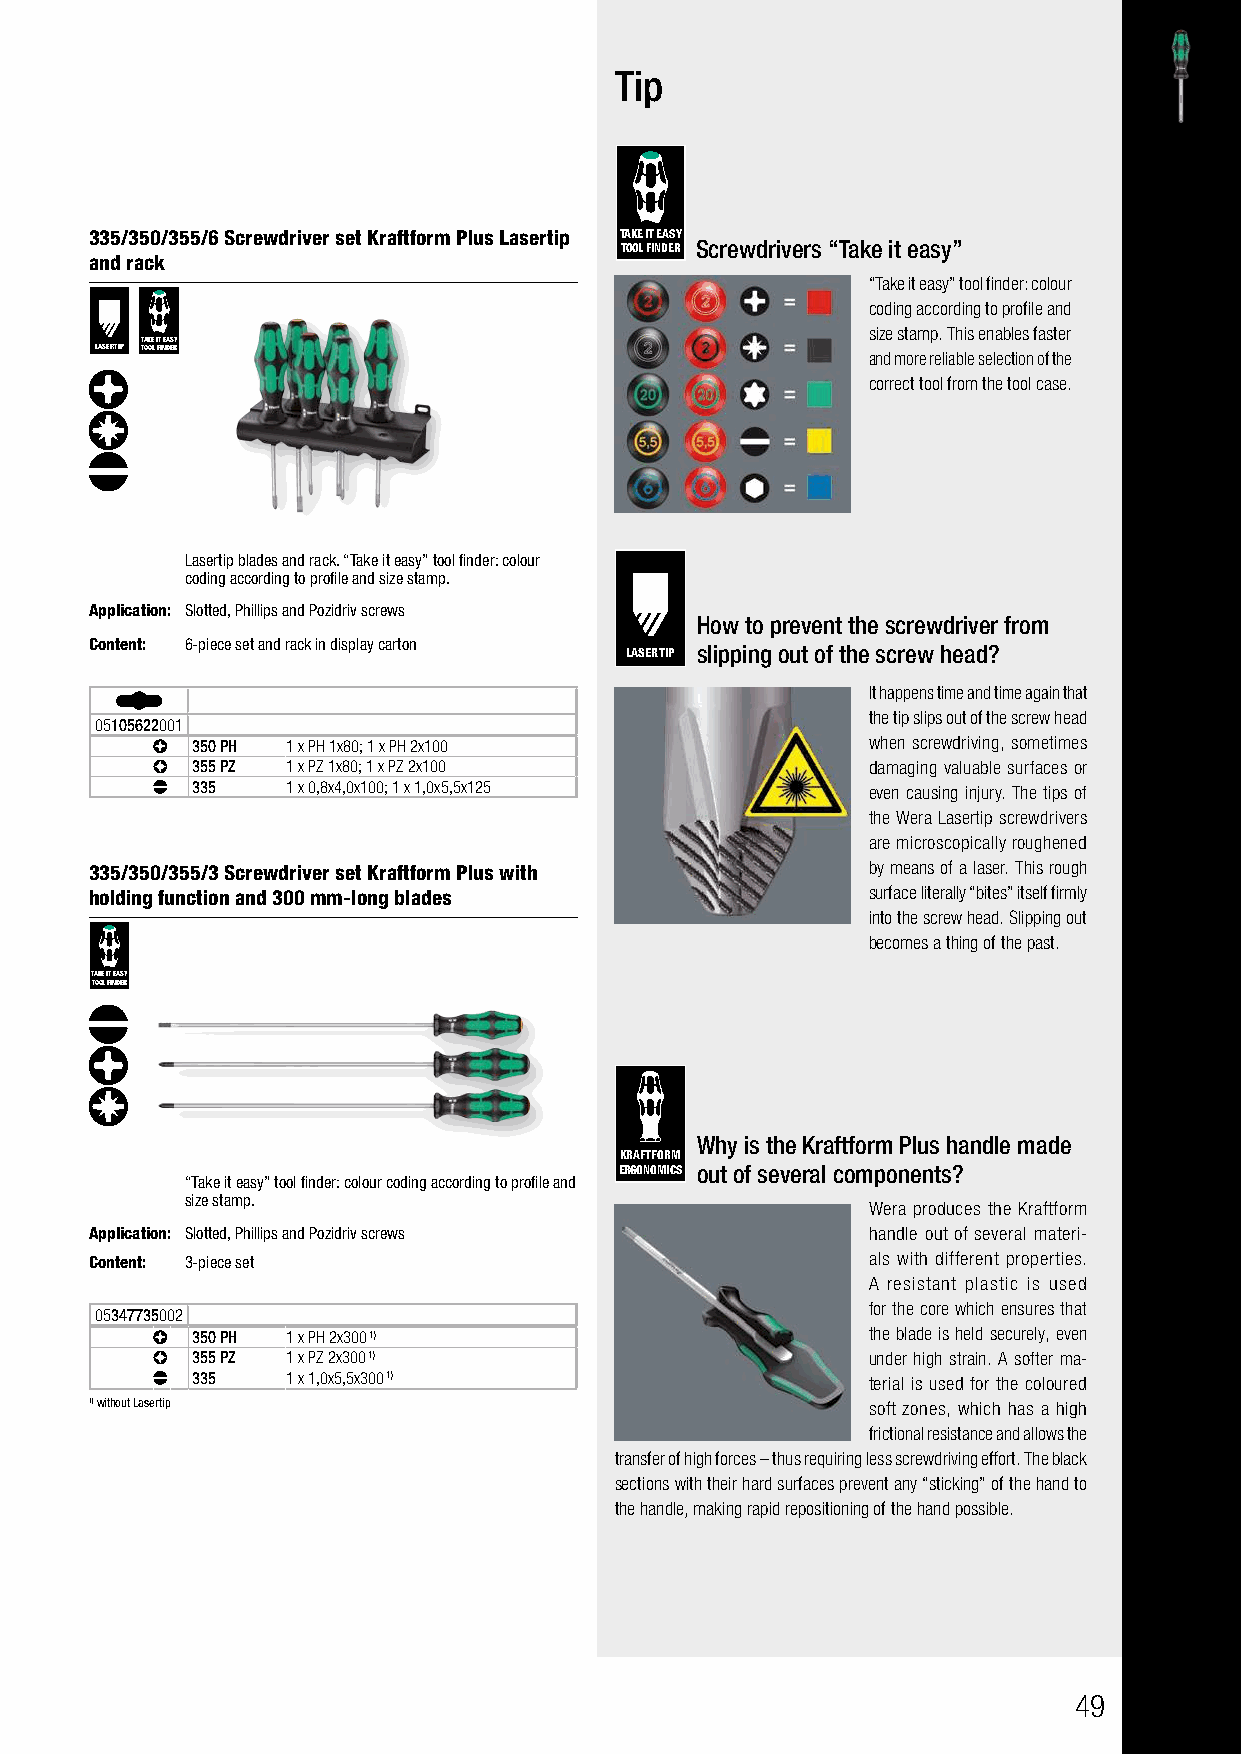
Tip
 335/350/355/6 Screwdriver set Kraftform Plus Lasertip TAKE IT EASY
 TOOL FINDER Screwdrivers “Take it easy”
 and rack
 “Take it easy” tool finder: colour
 coding according to profile and
 size stamp. This enables faster
 TAKE IT EASY
 LASERTIP TOOL FINDER                               and more reliable selection of the
 correct tool from the tool case.
 Lasertip blades and rack. “Take it easy” tool finder: colour
 coding according to profile and size stamp.
 Application: Slotted, Phillips and Pozidriv screws
 How to prevent the screwdriver from
 Content: 6-piece set and rack in display carton
 LASERTIP slipping out of the screw head?
 It happens time and time again that
 the tip slips out of the screw head
 05105622001
 350 PH 1 x PH 1x80; 1 x PH 2x100            when screwdriving, sometimes
 355 PZ 1 x PZ 1x80; 1 x PZ 2x100            damaging valuable surfaces or
 335   1 x 0,8x4,0x100; 1 x 1,0x5,5x125      even causing injury. The tips of
 the Wera Lasertip screwdrivers
 are microscopically roughened
 335/350/355/3 Screwdriver set Kraftform Plus with  by means of a laser. This rough
 holding function and 300 mm-long blades            surface literally “bites” itself firmly
 into the screw head. Slipping out
 becomes a thing of the past.
 TAKE IT EASY
 TOOL FINDER
 Why is the Kraftform Plus handle made
 KRAFTFORM
 ERGONOMICS out of several components?
 “Take it easy” tool finder: colour coding according to profile and
 size stamp.
 Wera produces the Kraftform
 Application: Slotted, Phillips and Pozidriv screws handle out of several materi-
 Content: 3-piece set                               als with different properties.
 A resistant plastic is used
 05347735002                                        for the core which ensures that
 350 PH 1 x PH 2x300 1)                      the blade is held securely, even
 355 PZ 1 x PZ 2x300 1)                      under high strain. A softer ma-
 335   1 x 1,0x5,5x300 1)                    terial is used for the coloured
 1)without Lasertip                                 soft zones, which has a high
 frictional resistance and allows the
 transfer of high forces – thus requiring less screwdriving effort. The black
 sections with their hard surfaces prevent any “sticking” of the hand to
 the handle, making rapid repositioning of the hand possible.
 49